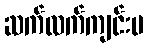
ဆက်လက်ကျင်းပ